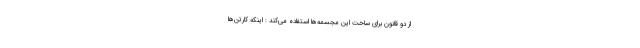
از دو قانون برای ساخت این مجسمه‌ها استفاده می‌کند : اینکه کارتن‌ها